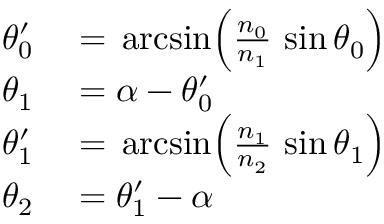
\begin{array} { r l } { \theta _ { 0 } ^ { \prime } } & { { } = \, { \mathrm { a r c s i n } } { \Big ( } { \frac { n _ { 0 } } { n _ { 1 } } } \, \sin \theta _ { 0 } { \Big ) } } \\ { \theta _ { 1 } } & { { } = \alpha - \theta _ { 0 } ^ { \prime } } \\ { \theta _ { 1 } ^ { \prime } } & { { } = \, { \mathrm { a r c s i n } } { \Big ( } { \frac { n _ { 1 } } { n _ { 2 } } } \, \sin \theta _ { 1 } { \Big ) } } \\ { \theta _ { 2 } } & { { } = \theta _ { 1 } ^ { \prime } - \alpha } \end{array}